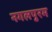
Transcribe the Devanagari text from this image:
नगलपुरम